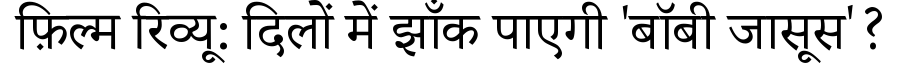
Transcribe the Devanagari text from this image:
फ़िल्म रिव्यू: दिलों में झाँक पाएगी 'बॉबी जासूस'?